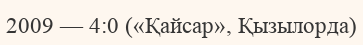
2009 — 4:0 («Қайсар», Қызылорда)